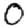
Digit: 0